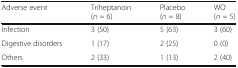
| Adverse event | Triheptanoin(n = 6) | Placebo(n = 8) | WO(n = 5) |
 | --- | --- | --- | --- |
 | Infection | 3 (50) | 5 (63) | 3 (60) |
 | Digestive disorders | 1 (17) | 2 (25) | 0 (0) |
 | Others | 2 (33) | 1 (13) | 2 (40) |